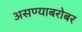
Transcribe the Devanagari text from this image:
असण्याबरोबर